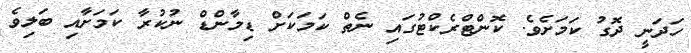
ހަދަނީ ދޮގު ކަމަށެވެ. ކޮންޓްރެކްޓުގައި ނެތް ކަމަކަށް ޑިމާންޑް ނުކުރާ ކަމަށާއި ބަލިވެ